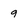
Character: 9